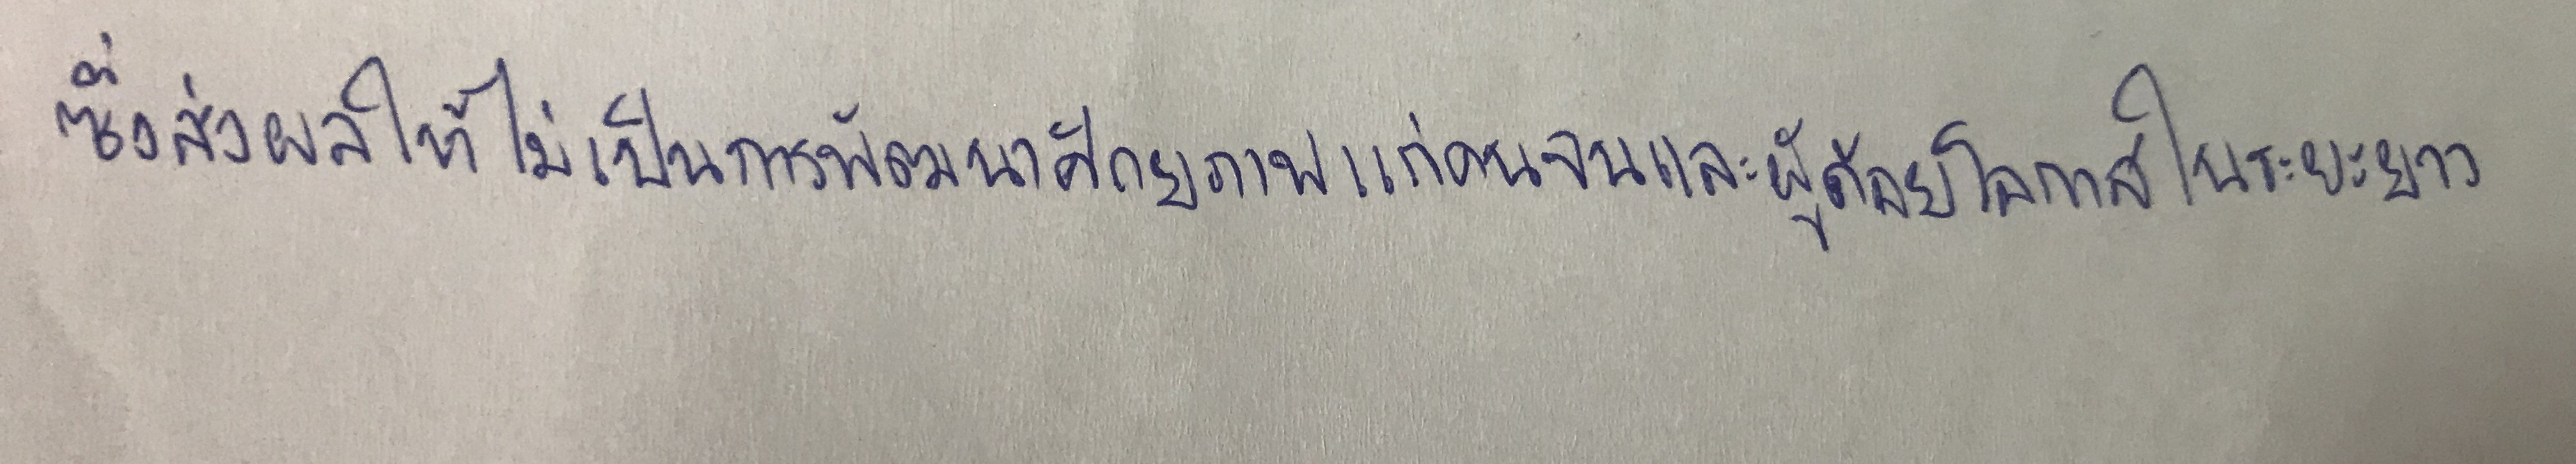
ซึ่งส่งผลให้ไม่เป็นการพัฒนาศักยภาพแก่คนจนและผู้ด้อยโอกาสในระยะยาว